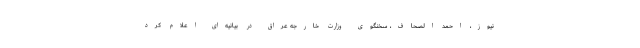
نیوز، احمد الصحاف، سخنگوی وزارت خارجه عراق در بیانیه‌ای اعلام کرد